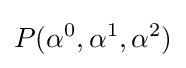
P(\alpha ^{0},\alpha ^{1},\alpha ^{2})